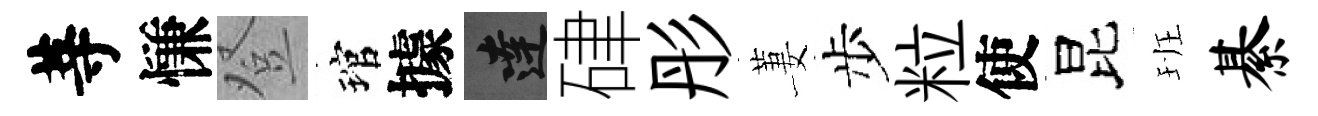
䓁慊登琯據達硉彤萋步粒使昆班綦